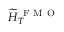
\widetilde { H } _ { T } ^ { \mathrm { ~ F ~ M ~ O ~ } }